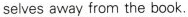
selves away from the book.